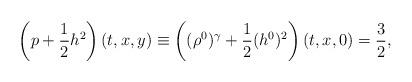
LaTeX: \begin{align*}\left(p+\frac 12h^2\right)(t, x, y)\equiv \left((\rho^0)^\gamma+\frac 12(h^0)^2\right)(t, x, 0)=\frac32,\end{align*}